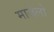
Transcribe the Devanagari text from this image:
माज़ेलो